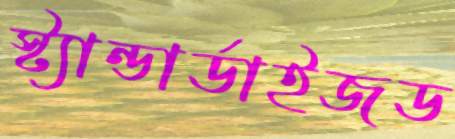
স্ট্যান্ডার্ডাইজড